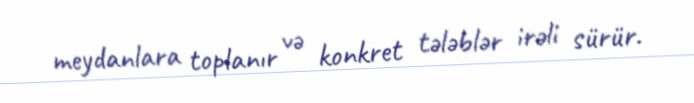
meydanlara toplanır və konkret tələblər irəli sürür.